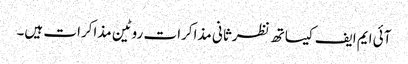
آئی ایم ایف کیساتھ نظرثانی مذاکرات روٹین مذاکرات ہیں۔